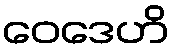
ဝေဒေဟိ